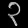
Digit: ၃